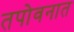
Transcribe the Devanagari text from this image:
तपोवनात